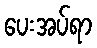
ပေးအပ်ရာ